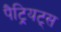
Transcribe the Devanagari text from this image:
पैट्रियट्स